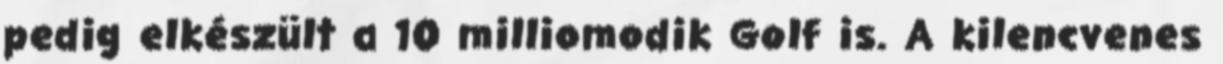
pedig elkészült a 10 milliomodik Golf is. A kilencvenes